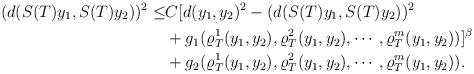
LaTeX: \begin{align*} (d(S(T)y_1,S(T)y_2))^2\leq&C[d(y_1,y_2)^2-(d(S(T)y_1,S(T)y_2))^2\\ &+g_1(\varrho_T^1(y_1,y_2),\varrho_T^2(y_1,y_2),\cdots,\varrho_T^m(y_1,y_2))]^\beta\\ &+g_2(\varrho_T^1(y_1,y_2),\varrho_T^2(y_1,y_2),\cdots,\varrho_T^m(y_1,y_2)). \end{align*}